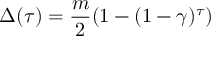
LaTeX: \Delta ( \tau ) = { \frac { m } { 2 } } ( 1 - ( 1 - \gamma ) ^ { \tau } )